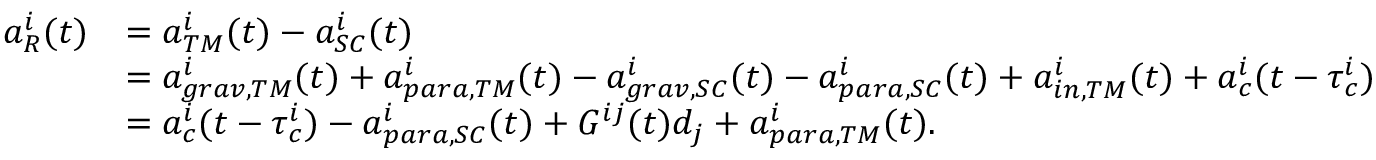
\begin{array} { r l } { a _ { R } ^ { i } ( t ) } & { = a _ { T M } ^ { i } ( t ) - a _ { S C } ^ { i } ( t ) } \\ & { = a _ { g r a v , T M } ^ { i } ( t ) + a _ { p a r a , T M } ^ { i } ( t ) - a _ { g r a v , S C } ^ { i } ( t ) - a _ { p a r a , S C } ^ { i } ( t ) + a _ { i n , T M } ^ { i } ( t ) + a _ { c } ^ { i } ( t - \tau _ { c } ^ { i } ) } \\ & { = a _ { c } ^ { i } ( t - \tau _ { c } ^ { i } ) - a _ { p a r a , S C } ^ { i } ( t ) + G ^ { i j } ( t ) d _ { j } + a _ { p a r a , T M } ^ { i } ( t ) . } \end{array}